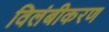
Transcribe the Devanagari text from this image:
विलंबीकरण